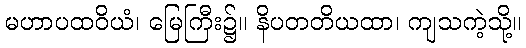
မဟာပထဝိယံ၊ မြေကြီး၌။ နိပတတိယထာ၊ ကျသကဲ့သို့။